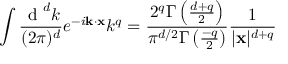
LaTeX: \int \frac { \textup { d } ^ { d } k } { ( 2 \pi ) ^ { d } } e ^ { - i { \bf k } \cdot { \bf x } } k ^ { q } = \frac { 2 ^ { q } \Gamma \left( \frac { d + q } { 2 } \right) } { \pi ^ { d / 2 } \Gamma \left( \frac { - q } { 2 } \right) } \frac { 1 } { | { \bf x } | ^ { d + q } }